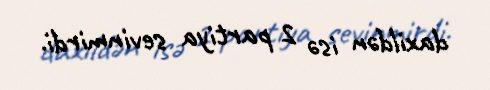
daxildən isə 2 partiya sevinmirdi.